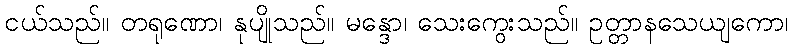
ငယ်သည်။ တရုဏော၊ နုပျိုသည်။ မန္ဒော၊ သေးကွေးသည်။ ဥတ္တာနသေယျကော၊